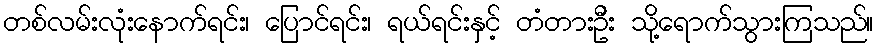
တစ်လမ်းလုံးနောက်ရင်း၊ ပြောင်ရင်း၊ ရယ်ရင်းနှင့် တံတားဦး သို့ရောက်သွားကြသည်။